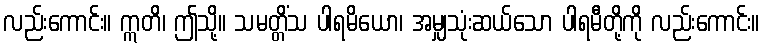
လည်းကောင်း။ ဣတိ၊ ဤသို့။ သမတ္တိံသ ပါရမိယော၊ အမျှသုံးဆယ်သော ပါရမီတို့ကို လည်းကောင်း။